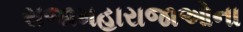
રાજામહારાજાઓના